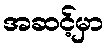
အဆင့်မှာ